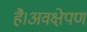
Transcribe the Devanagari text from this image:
है।अवक्षेपण